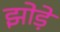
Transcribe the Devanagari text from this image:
झोड़े